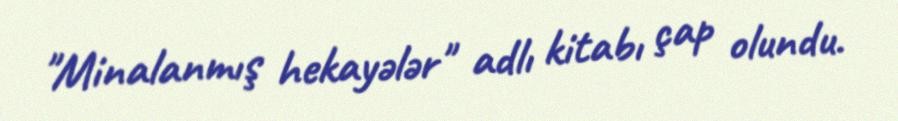
"Minalanmış hekayələr" adlı kitabı çap olundu.